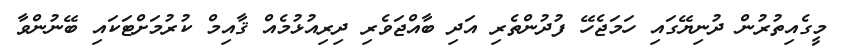
މީގެއިތުރުން ދުނިޔޭގައި ހަމަޖެހޭ ފުދުންތެރި އަދި ބާއްޖަވެރި ދިރިއުޅުމެއް ޤާއިމް ކުރުމަށްޓަކައި ބޭނުންވާ